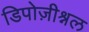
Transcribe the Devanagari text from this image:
डिपोज़ीश्नल